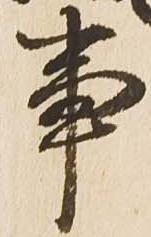
事